Vaccine operations Central Provinces 1868-1885 - 1868-1885
Year: 1868
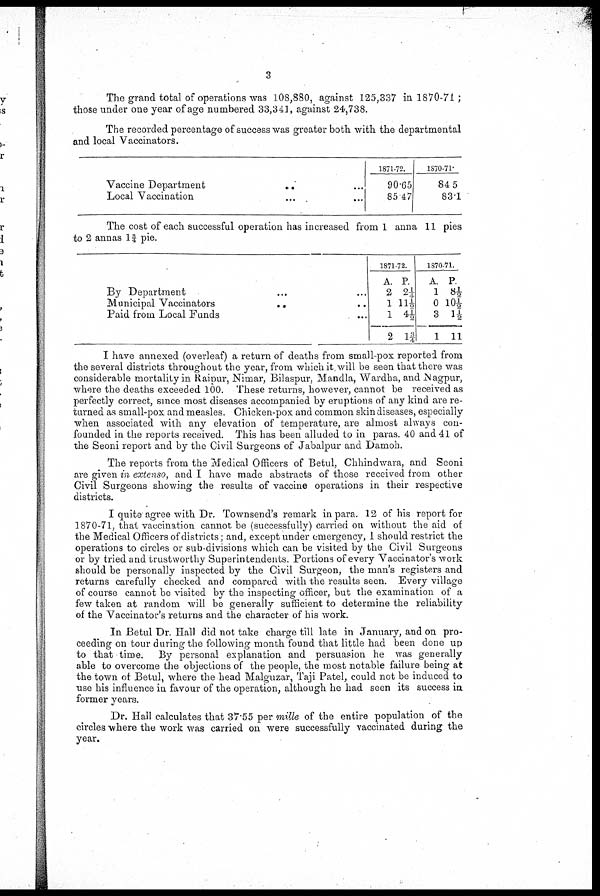
3
The grand total of operations was 108,880, against 125,337 in 1870-71 ;
those under one year of age numbered 33,341, against 24,738.
The recorded percentage of success was greater both with the departmental
and local Vaccinators.
Vaccine Department
...
...
Local Vaccination
...
...
1871-72.
90.65
85.47
1870-71.
84.5
83.1
The cost of each successful operation has increased from 1 anna 11 pies
to 2 annas 1¾ pie.
By Department ... ...
Municipal Vaccinators
...
...
Paid from Local Funds
...
...
1871-72.
A.
2
1
1
2
P.
2¼
1½
4½
1¾
1870-71.
A.
1
0
3
1
P.
8½
10½
1½
11
I have annexed (overleaf) a return of deaths from small-pox reported from
the several districts throughout the year, from which it will be seen that there was
considerable mortality in Raipur, Nimar, Bilaspur, Mandla, Wardha, and Nagpur,
where the deaths exceeded 100. These returns, however, cannot be received as
perfectly correct, since most diseases accompanied by eruptions of any kind are re-
turned as small-pox and measles. Chicken-pox and common skin diseases, especially
when associated with any elevation of temperature, are almost always con-
founded in the reports received. This has been alluded to in paras. 40 and 41 of
the Seoni report and by the Civil Surgeons of Jabalpur and Damoh.
The reports from the Medical Officers of Betul, Chhindwara, and Seoni
are given in extenso, and I have made abstracts of those received from other
Civil Surgeons showing the results of vaccine operations in their respective
districts.
I quite agree with Dr. Townsend's remark in para. 12 of his report for
1870-71, that vaccination cannot be (successfully) carried on without the aid of
the Medical Officers of districts; and, except under emergency, I should restrict the
operations to circles or sub-divisions which can be visited by the Civil Surgeons
or by tried and trustworthy Superintendents. Portions of every Vaccinator's work
should be personally inspected by the Civil Surgeon, the man's registers and
returns carefully checked and compared with the results seen. Every village
of course cannot be visited by the inspecting officer, but the examination of a
few taken at random will be generally sufficient to determine the reliability
of the Vaccinator's returns and the character of his work.
In Betul Dr. Hall did not take charge till late in January, and on pro-
ceeding on tour during the following month found that little had been done up
to that time. By personal explanation and persuasion he was generally
able to overcome the objections of the people, the most notable failure being at
the town of Betul, where the head Malguzar, Taji Patel, could not be induced to
use his influence in favour of the operation, although he had seen its success in
former years.
Dr. Hall calculates that 37.55 per mille of the entire population of the
circles where the work was carried on were successfully vaccinated during the
year.